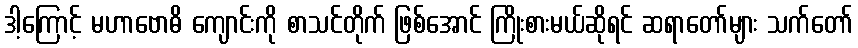
ဒါ့ကြောင့် မဟာဗောဓိ ကျောင်းကို စာသင်တိုက် ဖြစ်အောင် ကြိုးစားမယ်ဆိုရင် ဆရာတော်များ သက်တော်